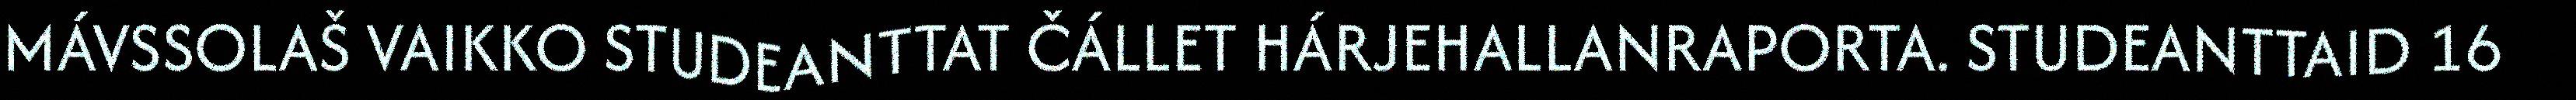
MÁVSSOLAŠ VAIKKO STUDEANTTAT ČÁLLET HÁRJEHALLANRAPORTA. STUDEANTTAID 16